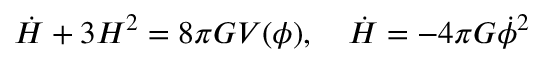
\dot { H } + 3 H ^ { 2 } = 8 \pi G V ( \phi ) , ~ ~ ~ \dot { H } = - 4 \pi G \dot { \phi } ^ { 2 }